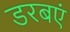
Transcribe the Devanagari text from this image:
डरबएं